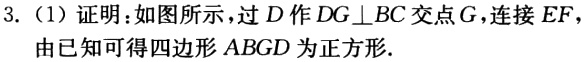
3.（1）证明：如图所示，过\(D\)作\(DG\perp BC\)交点\(G\)，连接\(EF\)，

由已知可得四边形\(ABGD\)为正方形.